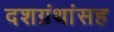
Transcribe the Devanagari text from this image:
दशग्रंथांसह